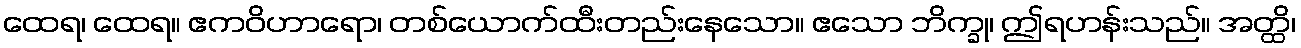
ထေရ၊ ထေရ။ ဧကဝိဟာရော၊ တစ်ယောက်ထီးတည်းနေသော။ ဧသော ဘိက္ခု၊ ဤရဟန်းသည်။ အတ္ထိ၊